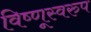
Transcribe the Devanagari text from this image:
विष्णूस्वरुप